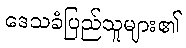
ဒေသခံပြည်သူများ၏